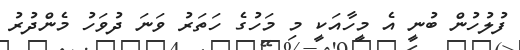
ފުލުހުން ބުނީ އެ މީހާއަކީ މި މަހުގެ ހަތަރު ވަނަ ދުވަހު މެންދުރު